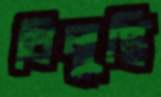
বিলুপ্তি